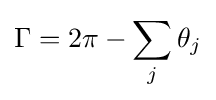
\Gamma =2\pi -\sum _{j}\theta _{j}